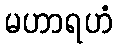
မဟာရဟံ